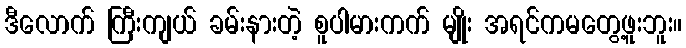
ဒီလောက် ကြီးကျယ် ခမ်းနားတဲ့ စူပါမားကက် မျိုး အရင်ကမတွေ့ဖူးဘူး။